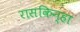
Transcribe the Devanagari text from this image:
रासकिन्हा